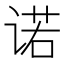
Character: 诺